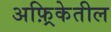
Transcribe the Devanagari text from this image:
अफ़्रिकेतील